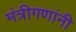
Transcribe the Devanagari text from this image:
मंत्रीगणांनी